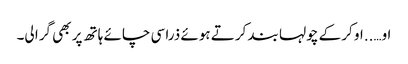
او…..او کر کے چولہا بند کرتے ہوئے ذرا سی چائے ہاتھ پر بھی گرا لی۔